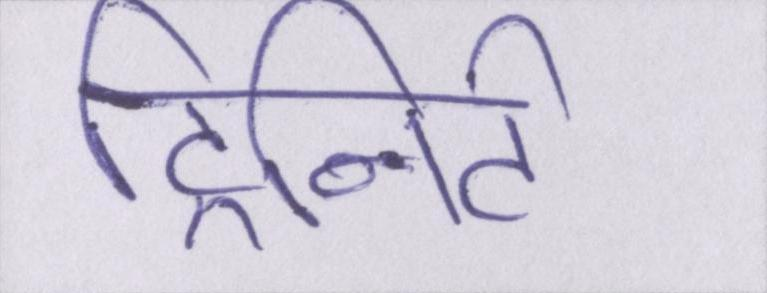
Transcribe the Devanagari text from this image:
ट्रिनिटी